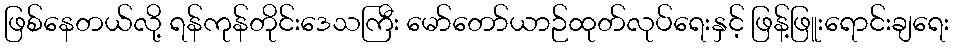
ဖြစ်နေတယ်လို့ ရန်ကုန်တိုင်းဒေသကြီး မော်တော်ယာဉ်ထုတ်လုပ်ရေးနှင့် ဖြန့်ဖြူးရောင်းချရေး